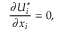
\frac { \partial U _ { i } ^ { * } } { \partial x _ { i } } = 0 ,